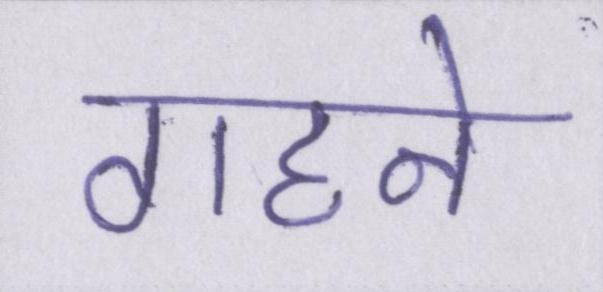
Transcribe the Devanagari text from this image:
गहने